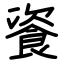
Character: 餈